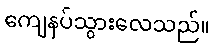
ကျေနပ်သွားလေသည်။